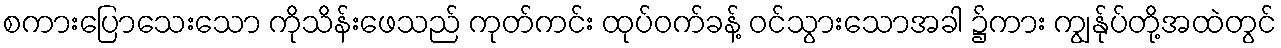
စကားပြောသေးသော ကိုသိန်းဖေသည် ကုတ်ကင်း ထုပ်ဝက်ခန့် ဝင်သွားသောအခါ ၌ကား ကျွန်ုပ်တို့အထဲတွင်